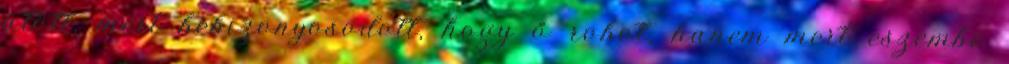
ütött, mert bebizonyosodott, hogy ő robot, hanem mert eszembe